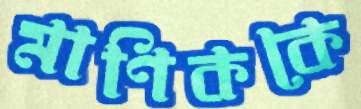
মাণিককে